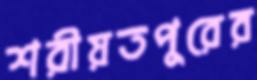
শরীয়তপুরের